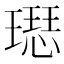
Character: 𤩙